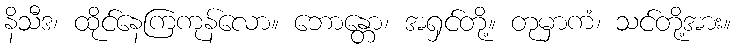
နိသီဒ၊ ထိုင်နေကြကုန်လော။ ဘောန္တော၊ အရှင်တို့။ တုမှာကံ၊ သင်တို့အား။